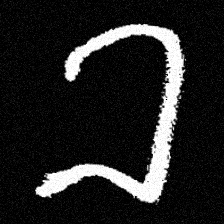
Pyu character \u2014 Myanmar letter: ခ (romanized: kha)